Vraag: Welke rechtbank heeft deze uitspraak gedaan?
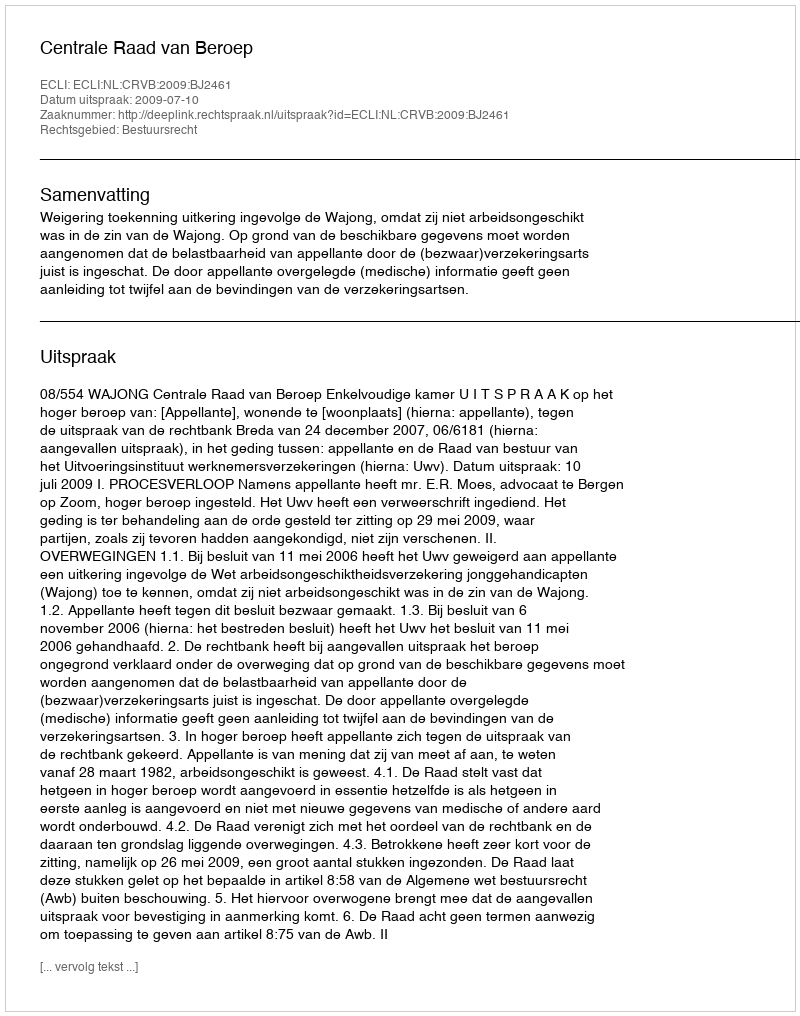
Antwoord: Centrale Raad van Beroep